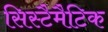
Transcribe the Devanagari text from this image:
सिस्टैमैटिक